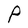
Character: P